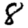
Digit: 8